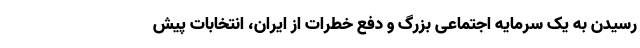
رسیدن به یک سرمایه اجتماعی بزرگ و دفع خطرات از ایران، انتخابات پیش